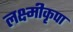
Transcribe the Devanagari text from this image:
लक्ष्मीकृपा